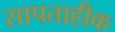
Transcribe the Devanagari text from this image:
सापताहीक